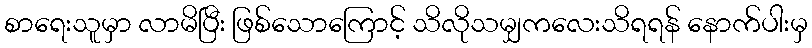
စာရေးသူမှာ လာမိပြီး ဖြစ်သောကြောင့် သိလိုသမျှကလေးသိရရန် နောက်ပါးမှ